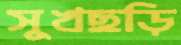
সুখছড়ি